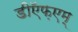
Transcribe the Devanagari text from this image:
डीऍफ़एम्